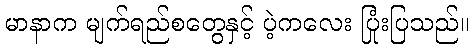
မာနာက မျက်ရည်စတွေနှင့် ပဲ့ကလေး ပြုံးပြသည်။